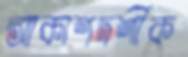
আকাশদর্শীক